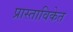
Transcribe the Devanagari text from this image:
प्रास्ताविकेत